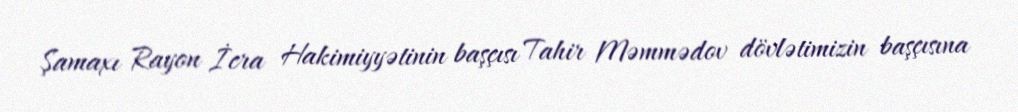
Şamaxı Rayon İcra Hakimiyyətinin başçısı Tahir Məmmədov dövlətimizin başçısına